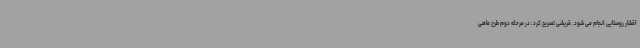
اقشار روستایی انجام می شود. قریشی تصریح کرد: در مرحله دوم طرح ماهی